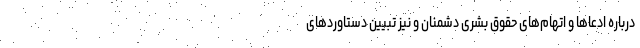
درباره ادعاها و اتهام‌های حقوق بشری دشمنان و نیز تبیین دستاوردهای